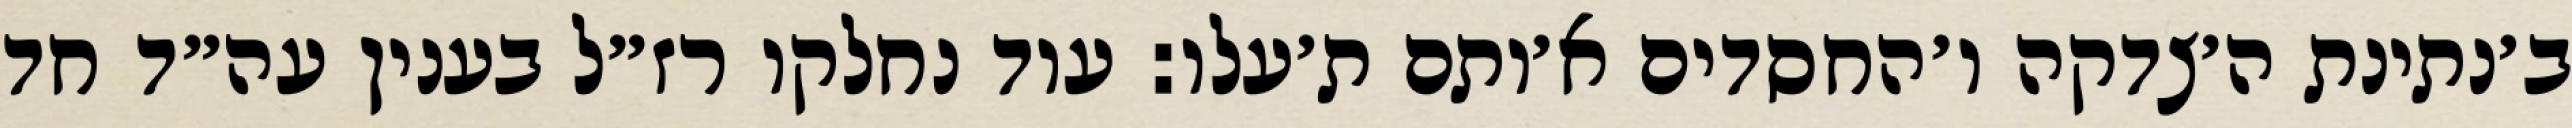
ב׳נתינת ה׳צדקה ו׳החסדים א׳ותם ת׳עלו: עוד נחלקו רז״ל בענין עה״ד חד